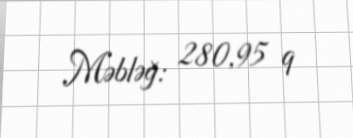
Məbləğ: 280,95 q